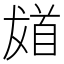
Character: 𩠙